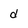
Character: d